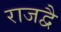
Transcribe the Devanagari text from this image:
राजद्वै